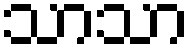
သာသာ